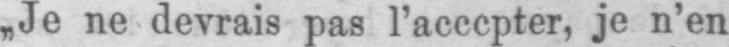
„Je ne devrais pas l’accepter, je n’en